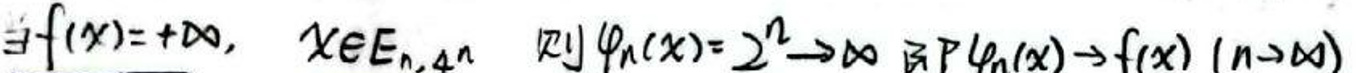
若\(f(x)=+\infty\)，\(x\in E_{n,n}\)则\(\varphi_{n}(x)=2^{n}\to\infty\)即\(P\varphi_{n}(x)\to f(x)\ (n\to\infty)\)